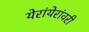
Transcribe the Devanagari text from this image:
येरांयेरांवरी